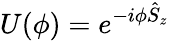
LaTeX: U(\phi)=e^{-i\phi\hat{S}_{z}}